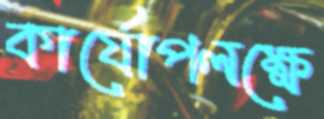
কার্যোপলক্ষে